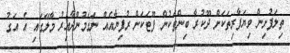
ތިލަފުށިން ވިޔަފާރިތަކަށް ދޫކުރާ ބިންތަކުން ފޫޓަކަށް ރުފިޔާއެއް ނަގަމުންދާއިރު މާލޭގައި އެ އަގު